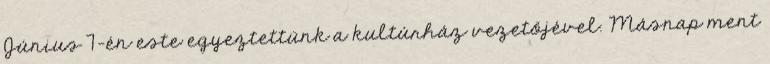
Június 7-én este egyeztettünk a kultúrház vezetőjével. Másnap ment